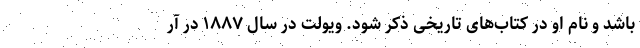
باشد و نام او در کتاب‌های تاریخی ذکر شود. ویولت در سال ۱۸۸۷ در آر